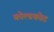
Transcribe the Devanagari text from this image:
कोल्डकोट